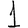
Digit: 1